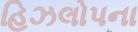
હિઝલોપના